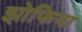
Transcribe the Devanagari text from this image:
झोफिया